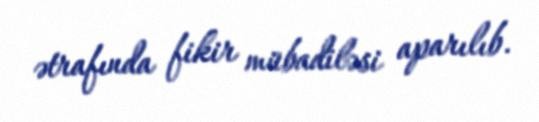
ətrafında fikir mübadiləsi aparılıb.